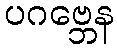
ပဂဗ္ဘေန